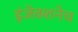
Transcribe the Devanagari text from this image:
इंजेक्शनेच